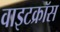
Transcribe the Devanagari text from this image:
वाइटक्रॉस